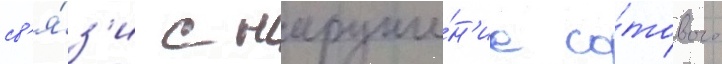
св'я́з'и с наруше́н'ие со́тового